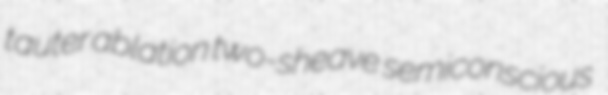
tauter ablation two-sheave semiconscious